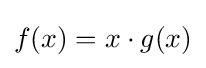
f(x)=x\cdot g(x)